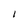
Character: l